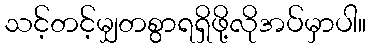
သင့်တင့်မျှတစွာရရှိဖို့လိုအပ်မှာပါ။